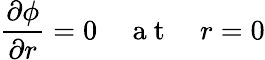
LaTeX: \frac{\partial\phi}{\partial r}=0\quad\mathrm{~a~t~}\quad r=0